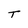
Character: T